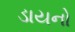
ડાયનો